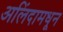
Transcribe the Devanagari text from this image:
अलिंदामधून